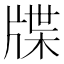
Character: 牒